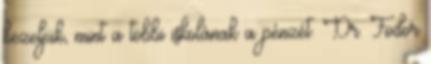
kezeljük, mint a többi iskolának a pénzét. Dr. Fodor